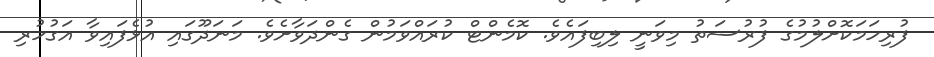
ފުރިހަމަކޮށްލުމުގެ ފުރުސަތު މިވަނީ ލިބިފައެވެ. ކޮމެންޓް ކުރައްވަމުން ގެންދަވާށެވެ. މަނަދޫގައި އުޅެފައިވާ އަގުހުރި